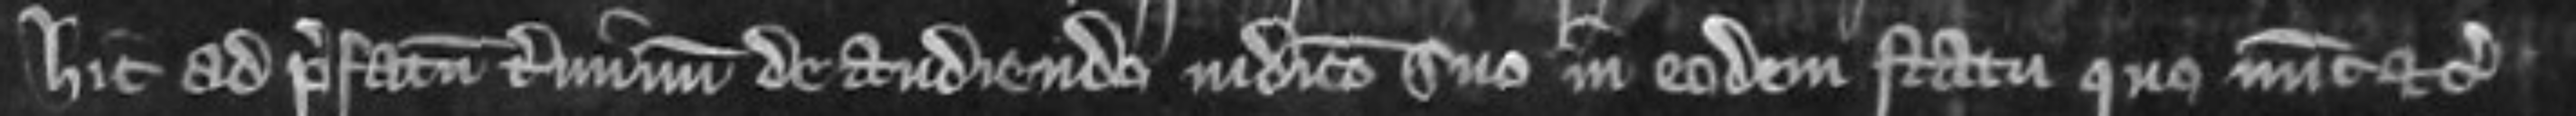
hic ad prefatum terminum de audiendo judicio suo in eodum statu quo nunc etc